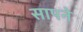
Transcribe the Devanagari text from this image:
सापने